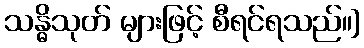
သန္ဓိသုတ် များဖြင့် စီရင်ရသည်။]